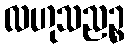
လဟုသညဉ္စ